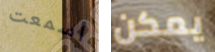
أسمعت يمكن